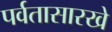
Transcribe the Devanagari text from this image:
पर्वतासारखे